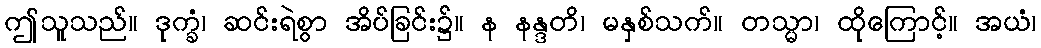
ဤသူသည်။ ဒုက္ခံ၊ ဆင်းရဲစွာ အိပ်ခြင်း၌။ န နန္ဒတိ၊ မနှစ်သက်။ တသ္မာ၊ ထိုကြောင့်။ အယံ၊